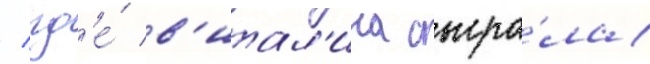
/ гд'е́ в'итал'ина сыгра́ла